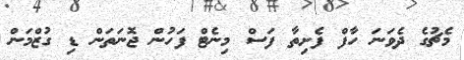
މެޗުގެ ދެވަނަ ހާފް ފެށިތާ ފަސް މިނެޓް ފަހުން ޖޮނަތަން ޑި ގުޒްމަން